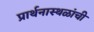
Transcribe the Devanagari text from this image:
प्रार्थनास्थळांची